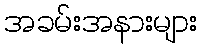
အခမ်းအနားများ